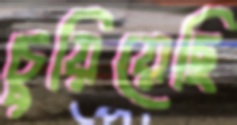
চুয়িয়েছি